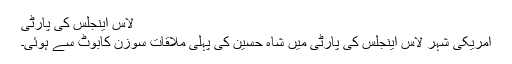
لاس اینجلس کی پارٹی
امریکی شہر لاس اینجلس کی پارٹی میں شاہ حسین کی پہلی ملاقات سوزن کابوٹ سے ہوئی۔